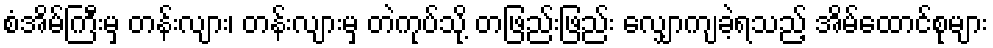
စံအိမ်ကြီးမှ တန်းလျား၊ တန်းလျားမှ တဲကုပ်သို့ တဖြည်းဖြည်း လျှောကျခဲ့ရသည့် အိမ်ထောင်စုများ